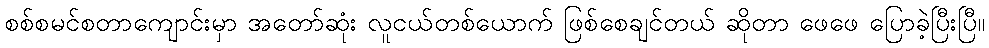
စစ်စမင်စတာကျောင်းမှာ အတော်ဆုံး လူငယ်တစ်ယောက် ဖြစ်စေချင်တယ် ဆိုတာ ဖေဖေ ပြောခဲ့ပြီးပြီ။